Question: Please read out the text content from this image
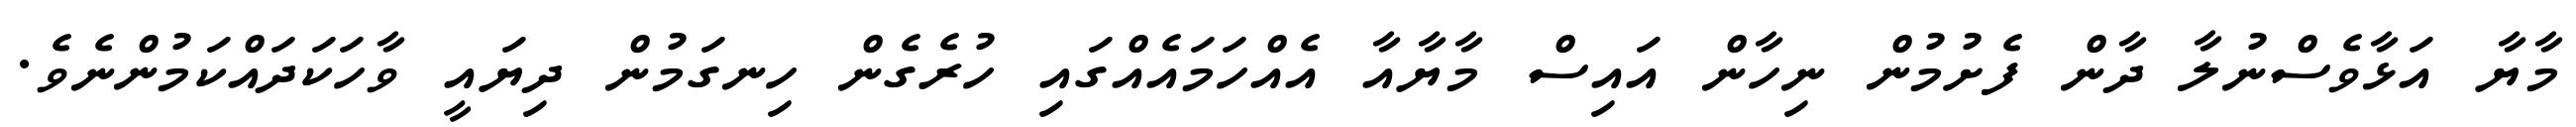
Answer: މާޔާ އަޅާވެސްނުލާ ދާން ފެށުމުން ނިހާން އައިސް މާޔާއާ އެއްހަމައެއްގައި ހުރެގެން ހިނގަމުން ދިޔައީ ވާހަކަދައްކަމުންނެވެ.